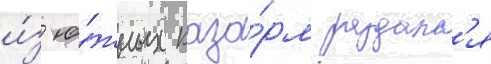
и́з ю́жных каза́рм раздалс'я